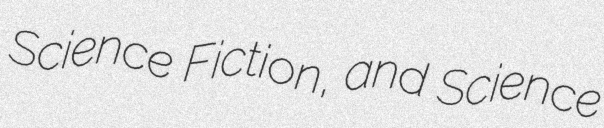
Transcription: Science Fiction, and Science